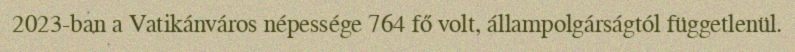
2023-ban a Vatikánváros népessége 764 fő volt, állampolgárságtól függetlenül.